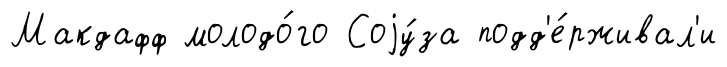
Макдафф молодо́го Соjу́за подд'е́рживал'и